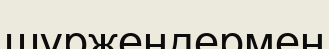
шүржендермен